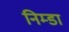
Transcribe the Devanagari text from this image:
निम्डा